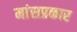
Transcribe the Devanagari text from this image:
मांसप्रकार